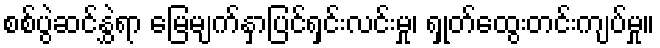
စစ်ပွဲဆင်နွှဲရာ မြေမျက်နှာပြင်ရှင်းလင်းမှု၊ ရှုတ်ထွေးတင်းကျပ်မှု။